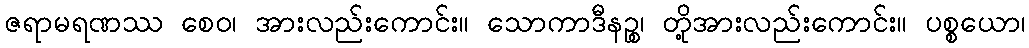
ဇရာမရဏဿ စေဝ၊ အားလည်းကောင်း။ သောကာဒီနဉ္စ၊ တို့အားလည်းကောင်း။ ပစ္စယော၊